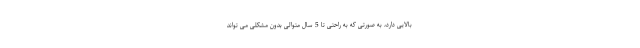
بالایی دارد، به صورتی که به راحتی تا 5 سال متوالی بدون مشکلی می تواند